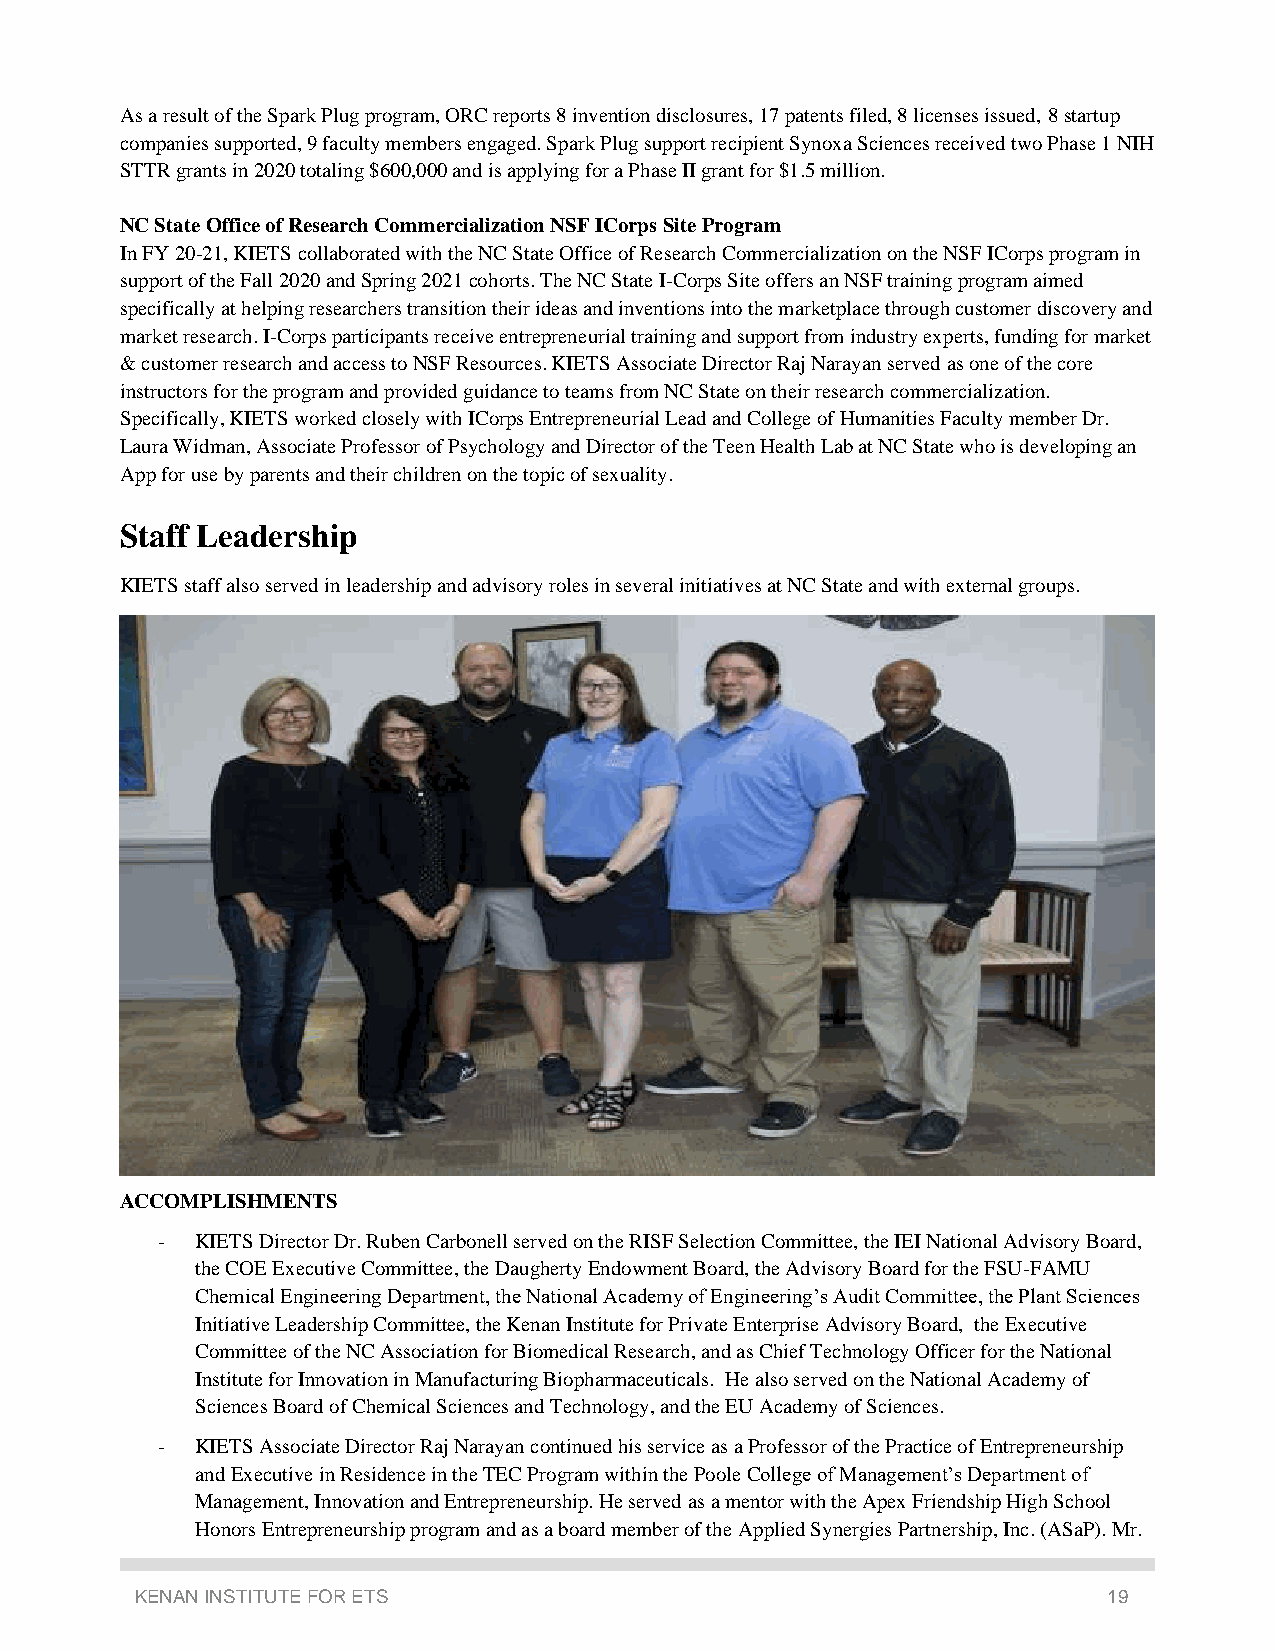
As a result of the Spark Plug program, ORC reports 8 invention disclosures, 17 patents filed, 8 licenses issued, 8 startup
 companies supported, 9 faculty members engaged. Spark Plug support recipient Synoxa Sciences received two Phase 1 NIH
 STTR grants in 2020 totaling $600,000 and is applying for a Phase II grant for $1.5 million.
 NC State Office of Research Commercialization NSF ICorps Site Program
 In FY 20-21, KIETS collaborated with the NC State Office of Research Commercialization on the NSF ICorps program in
 support of the Fall 2020 and Spring 2021 cohorts. The NC State I-Corps Site offers an NSF training program aimed
 specifically at helping researchers transition their ideas and inventions into the marketplace through customer discovery and
 market research. I-Corps participants receive entrepreneurial training and support from industry experts, funding for market
 & customer research and access to NSF Resources. KIETS Associate Director Raj Narayan served as one of the core
 instructors for the program and provided guidance to teams from NC State on their research commercialization.
 Specifically, KIETS worked closely with ICorps Entrepreneurial Lead and College of Humanities Faculty member Dr.
 Laura Widman, Associate Professor of Psychology and Director of the Teen Health Lab at NC State who is developing an
 App for use by parents and their children on the topic of sexuality.
 Staff Leadership
 KIETS staff also served in leadership and advisory roles in several initiatives at NC State and with external groups.
 ACCOMPLISHMENTS
 -  KIETS Director Dr. Ruben Carbonell served on the RISF Selection Committee, the IEI National Advisory Board,
 the COE Executive Committee, the Daugherty Endowment Board, the Advisory Board for the FSU-FAMU
 Chemical Engineering Department, the National Academy of Engineering’s Audit Committee, the Plant Sciences
 Initiative Leadership Committee, the Kenan Institute for Private Enterprise Advisory Board, the Executive
 Committee of the NC Association for Biomedical Research, and as Chief Technology Officer for the National
 Institute for Innovation in Manufacturing Biopharmaceuticals. He also served on the National Academy of
 Sciences Board of Chemical Sciences and Technology, and the EU Academy of Sciences.
 -  KIETS Associate Director Raj Narayan continued his service as a Professor of the Practice of Entrepreneurship
 and Executive in Residence in the TEC Program within the Poole College of Management’s Department of
 Management, Innovation and Entrepreneurship. He served as a mentor with the Apex Friendship High School
 Honors Entrepreneurship program and as a board member of the Applied Synergies Partnership, Inc. (ASaP). Mr.
 KENAN INSTITUTE FOR ETS                                         19